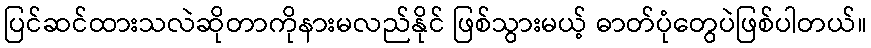
ပြင်ဆင်ထားသလဲဆိုတာကိုနားမလည်နိုင် ဖြစ်သွားမယ့် ဓာတ်ပုံတွေပဲဖြစ်ပါတယ်။